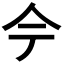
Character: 𫝆